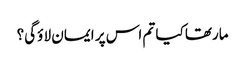
مارتھا کیا تم اس پر ایمان لا ؤگی؟